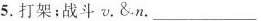
5.打架；战斗v.&n.___